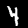
Label: 4